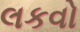
લકવો